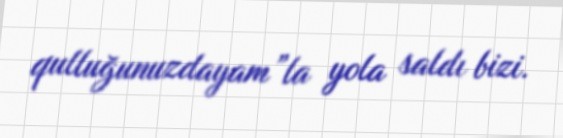
qulluğunuzdayam”la yola saldı bizi.